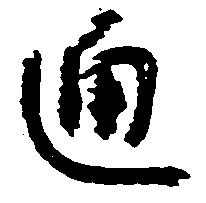
通